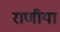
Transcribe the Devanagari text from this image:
राणीया